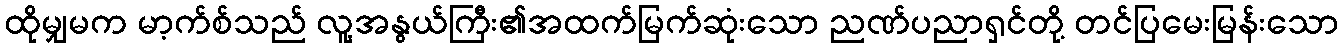
ထိုမျှမက မာ့က်စ်သည် လူ့အနွယ်ကြီး၏အထက်မြက်ဆုံးသော ညဏ်ပညာရှင်တို့ တင်ပြမေးမြန်းသော